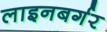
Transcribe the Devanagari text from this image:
लाइनबर्गर